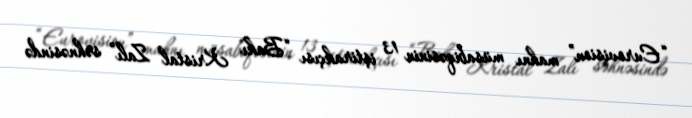
“Eurovision” mahnı müsabiqəsinin 13 iştirakçısı “Bakı Kristal Zalı” səhnəsində